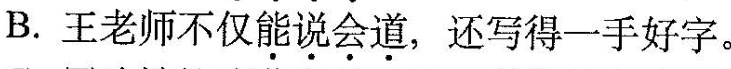
B.王老师不仅\underset{·}{能}\underset{·}{说}\underset{·}{会}\underset{·}{道}，还写得一手好字。